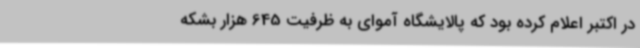
در اکتبر اعلام کرده بود که پالایشگاه آموای به ظرفیت 645 هزار بشکه